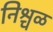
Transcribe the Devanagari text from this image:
निश्चळ